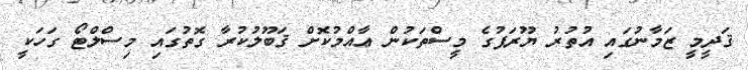
ޤަދީމީ ޒަމާނުގައި އުތުރު ޔޫރަޕުގެ މީސްތަކުން ޢާއްމުކޮށް ޤަބޫލުކުރާ ގޮތުގައި މިސްލްޓޯ ގަހަކީ